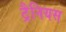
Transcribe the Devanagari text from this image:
ट्रैनियस